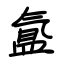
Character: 氲